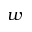
w